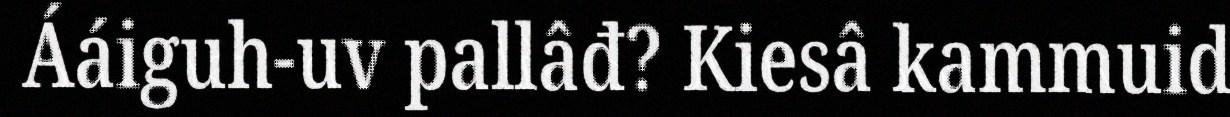
Ááiguh-uv pallâđ? Kiesâ kammuid